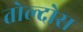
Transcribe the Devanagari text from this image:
तोल्दोस